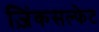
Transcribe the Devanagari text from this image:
ज़िंकसल्फेट